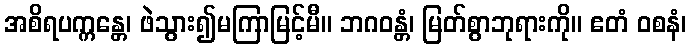
အစိရပက္ကန္တေ၊ ဖဲသွား၍မကြာမြင့်မီ။ ဘဂဝန္တံ၊ မြတ်စွာဘုရားကို။ ဧတံ ဝစနံ၊